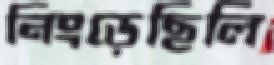
নিংড়েছিলি